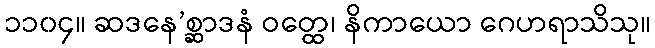
၁၁၀၄။ ဆဒနေ’စ္ဆာဒနံ ဝတ္ထေ၊ နိကာယော ဂေဟရာသိသု။